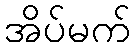
အိပ်မက်